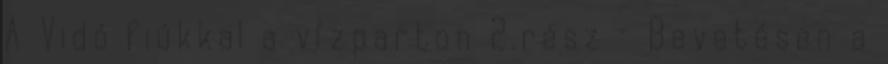
A Vidó fiúkkal a vízparton 2.rész – Bevetésen a